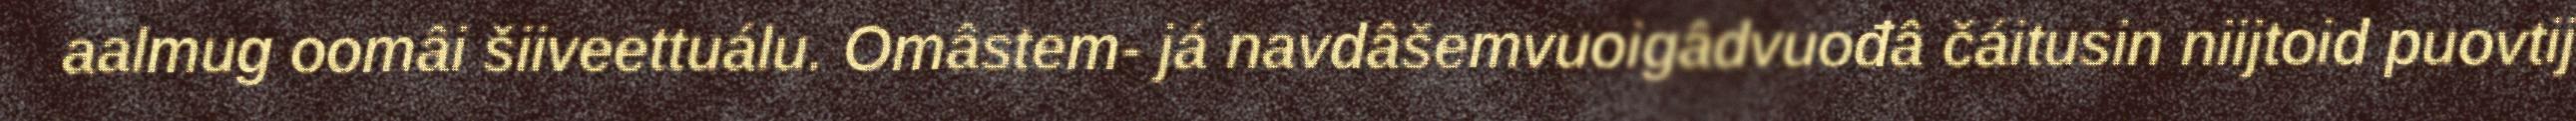
aalmug oomâi šiiveettuálu. Omâstem- já navdâšemvuoigâdvuođâ čáitusin niijtoid puovtij